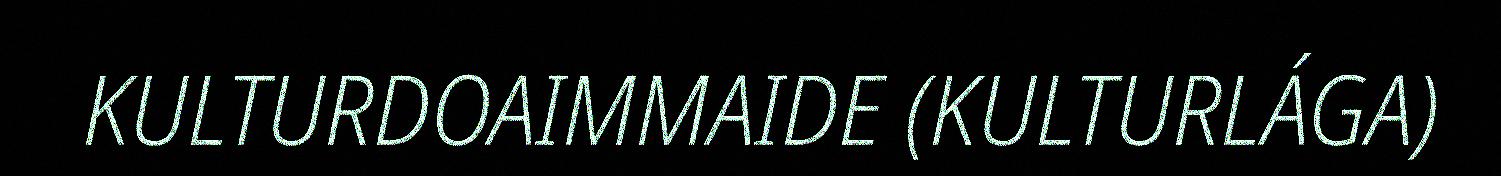
KULTURDOAIMMAIDE (KULTURLÁGA)